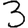
Digit: 3